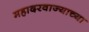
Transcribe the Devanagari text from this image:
महादरवाज्याच्या